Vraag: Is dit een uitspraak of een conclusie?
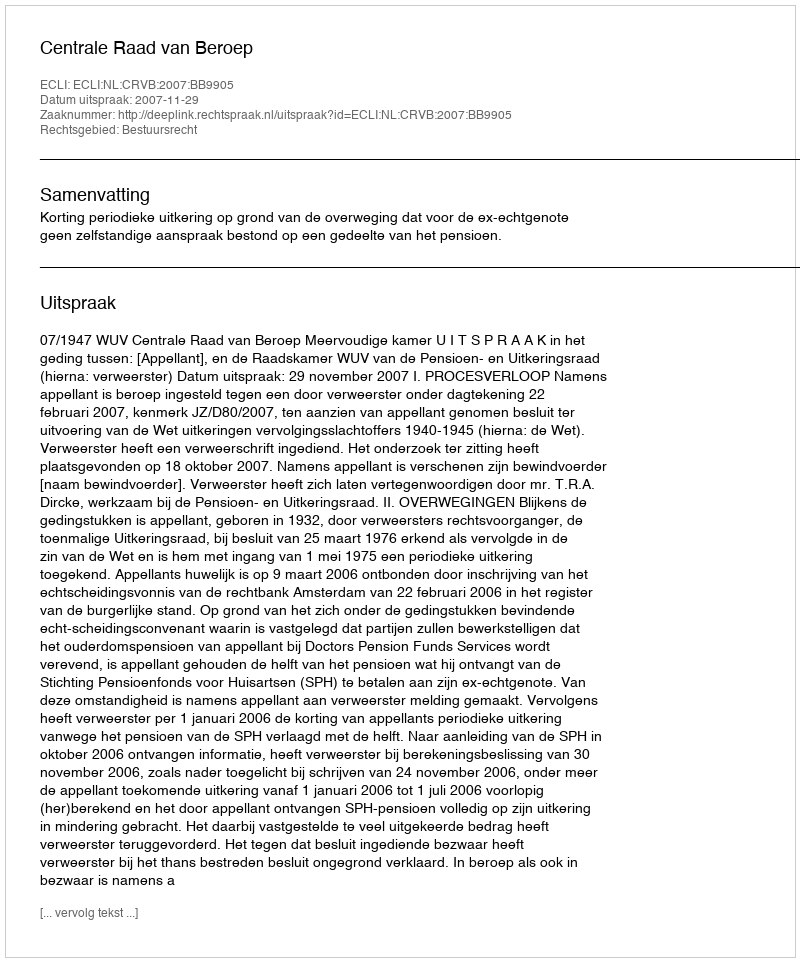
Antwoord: Uitspraak